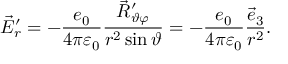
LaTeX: \vec { E } _ { r } ^ { \prime } = - \frac { e _ { 0 } } { 4 \pi \varepsilon _ { 0 } } \frac { \vec { R } _ { \vartheta \varphi } ^ { \prime } } { r ^ { 2 } \sin \vartheta } = - \frac { e _ { 0 } } { 4 \pi \varepsilon _ { 0 } } \frac { \vec { e } _ { 3 } } { r ^ { 2 } } .